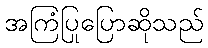
အကြံပြုပြောဆိုသည်